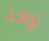
لواحد